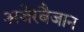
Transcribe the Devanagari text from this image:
अजेरबैजान